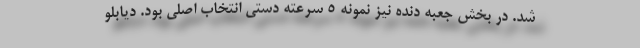
شد. در بخش جعبه دنده نیز نمونه 5 سرعته دستی انتخاب اصلی بود. دیابلو